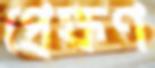
প্রেক্ষণ